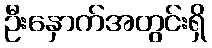
ဦးနှောက်အတွင်းရှိ